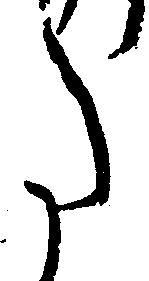
た